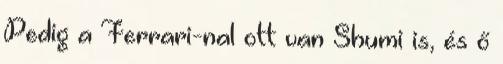
Pedig a Ferrari-nal ott van Shumi is, és ő